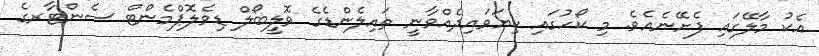
އެކު މާލޭގައި ފެށޭނެއެވެ. މި ކޯހުގައި ކިޔަވައިދެއްވާނީ ތައިލެންޑެގެ ވޮލީބޯލް ޑިވެލޮޕްމެންޓް ސެންޓާރގެ